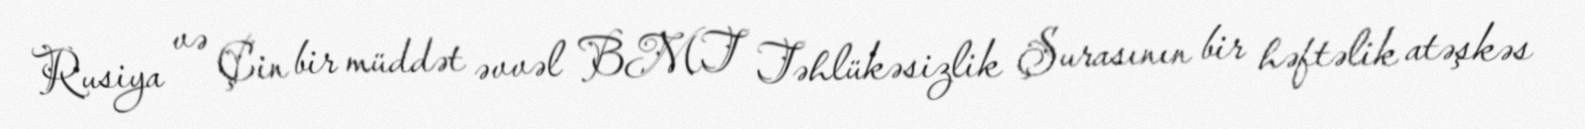
Rusiya və Çin bir müddət əvvəl BMT Təhlükəsizlik Şurasının bir həftəlik atəşkəs